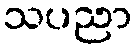
သပညာ